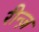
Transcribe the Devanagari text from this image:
रीन्ज़